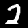
Label: 2